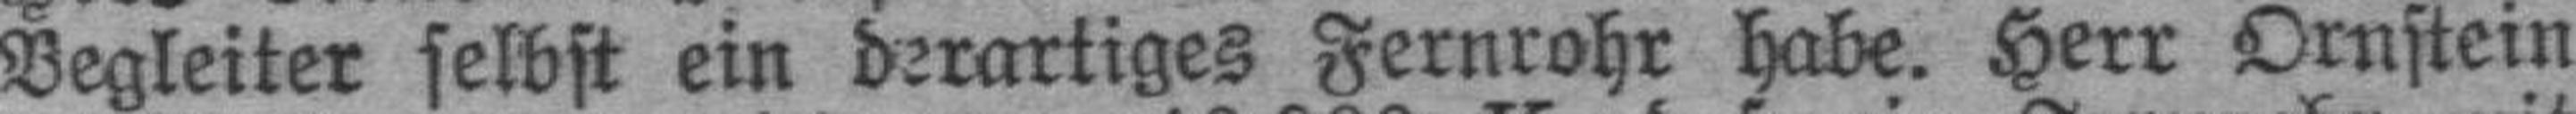
Begleiter selbst ein derartiges Fernrohr habe. Herr Ornstein